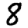
Digit: 8